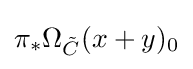
\pi _{*}\Omega _{\tilde {C}}(x+y)_{0}